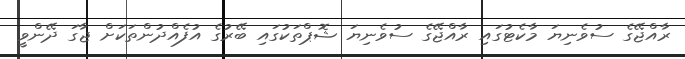
ރާއްޖޭގެ ސުވެނިޔަ މާކެޓުގައި ރާއްޖޭގެ ސުވެނިޔަ ޝޮޕްތަކުގައި ބޭރުގެ އުފެއްދުންތަކަށް ޖާގަ ދޭންވީ